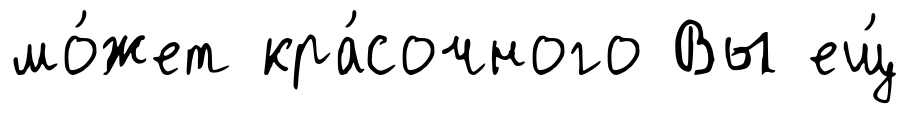
мо́жет кра́сочного Вы ещ́